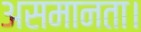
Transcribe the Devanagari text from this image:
असमानता।